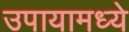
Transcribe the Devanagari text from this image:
उपायामध्ये